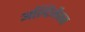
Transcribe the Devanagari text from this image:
अल्टिमैक्स